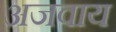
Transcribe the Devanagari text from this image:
अजवाय